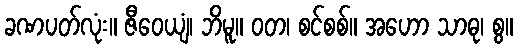
ခဏပတ်လုံး။ ဇီဝေယျံ၊ ဘိမူ။ ဝတ၊ စင်စစ်။ အဟော သာဓု၊ စွ။